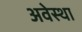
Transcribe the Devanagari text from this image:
अवेस्था